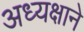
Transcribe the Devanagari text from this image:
अध्यक्षाने